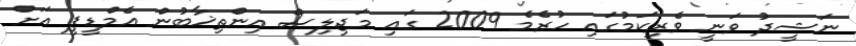
ނަޝީދު ވަނީ ވެރިކަމުގައި ހުރެމެ 2009 ގައި މަޖިލިސް އިންތިޚާބުން އެމްޑީޕީ އަށް